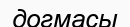
догмасы